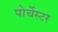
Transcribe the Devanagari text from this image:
पोर्चेस्टर